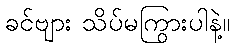
ခင်ဗျား သိပ်မကြွားပါနဲ့။